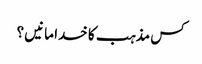
کس مذہب کا خدا مانیں ؟